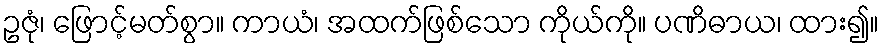
ဥဇုံ၊ ဖြောင့်မတ်စွာ။ ကာယံ၊ အထက်ဖြစ်သော ကိုယ်ကို။ ပဏိဓာယ၊ ထား၍။